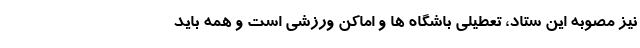
نیز مصوبه این ستاد، تعطیلی باشگاه ها و اماکن ورزشی است و همه باید